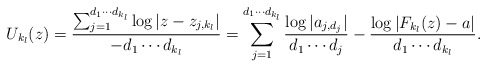
\begin{align*} U_{k_l}(z)=\frac{\sum_{j=1}^{d_1\cdots d_{k_l}}\log{|z-z_{j,k_l}|}}{-d_1\cdots d_{k_l}}=\sum_{j=1}^{d_1\cdots d_{k_l}}\frac{\log{|a_{j,d_j}|}}{d_1\cdots d_j}-\frac{\log{|F_{k_l}(z)-a|}}{d_1\cdots d_{k_l}}.\end{align*}